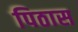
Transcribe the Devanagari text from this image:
पिठास